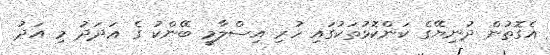
އެގޮތުން ދުނިޔޭގެ ކަންކޮޅުތަކުގައި ހުރި އިސްލާމީ ބޭންކު ގެ ޢަދަދު މި އަދު